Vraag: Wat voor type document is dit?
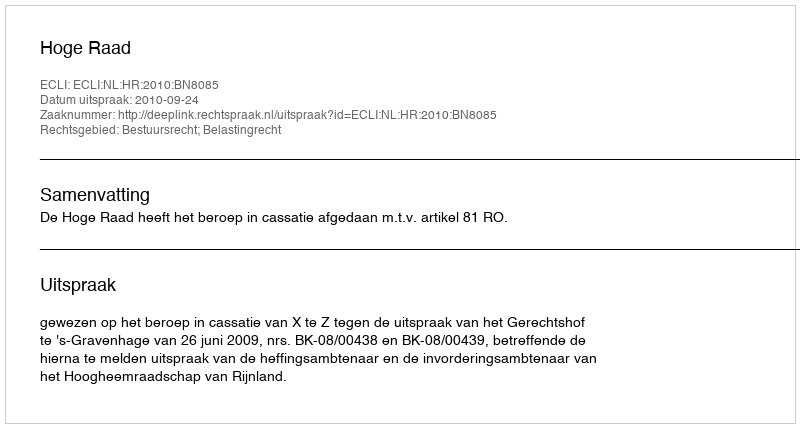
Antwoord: Uitspraak